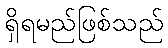
ရှိရမည်ဖြစ်သည်